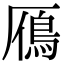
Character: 鴈